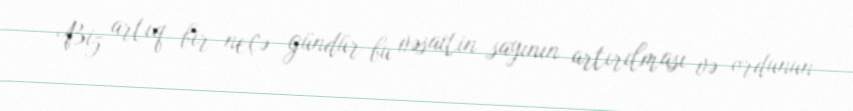
Biz artıq bir neçə gündür bu vəsaitin sayının artırılması və ordunun